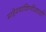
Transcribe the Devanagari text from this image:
माहेरवाशिणीसाठी